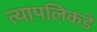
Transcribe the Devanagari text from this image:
त्यापलिकडे